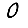
Digit: 0